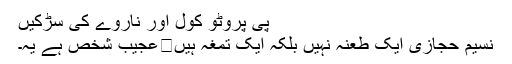
پی پروٹو کول اور ناروے کی سڑکیں
نسیم حجازی ایک طعنہ نہیں بلکہ ایک تمغہ ہیں	عجیب شخص ہے یہ۔